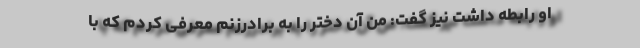
او رابطه داشت نیز گفت: من آن دختر را به برادرزنم معرفی کردم که با